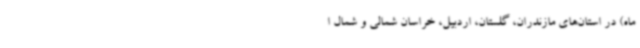
ماه) در استان‌های مازندران، گلستان، اردبیل، خراسان شمالی و شمال ا